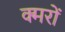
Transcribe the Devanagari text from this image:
क्मरों